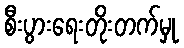
စီးပွားရေးတိုးတက်မှု